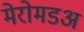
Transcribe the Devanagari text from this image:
मेरोमडअ